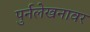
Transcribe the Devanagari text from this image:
पुर्नलेखनावर